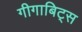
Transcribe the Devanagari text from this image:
गीगाबिट्स